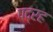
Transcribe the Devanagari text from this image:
पद्रह